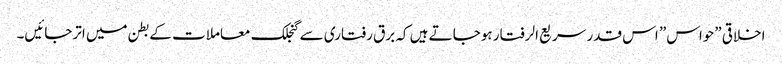
اخلاقی ”حواس” اس قدر سریع الرفتار ہوجاتے ہیں کہ برق رفتاری سے گنجلک معاملات کے بطن میں اترجائیں۔